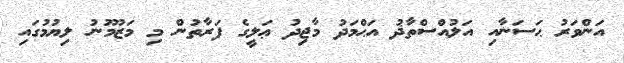
އަންވަރު ޙަސަނާއި އަލުއްސްތާޛު އަޙްމަދު މާޖިދު ޢަލީގެ ފަރާތުން މި މަޒުމޫނު ލިޔުމުގައި